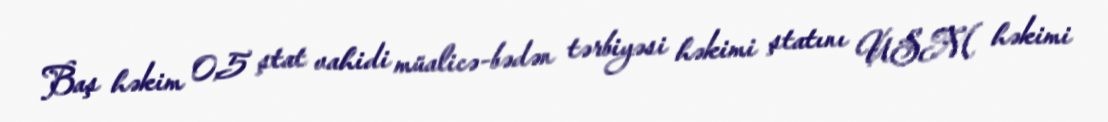
Baş həkim 0,5 ştat vahidi müalicə-bədən tərbiyəsi həkimi ştatını USM həkimi